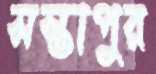
সস্তাপুর